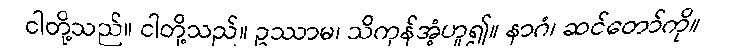
ငါတို့သည်။ ငါတို့သည်။ ဥဿာမ၊ သိကုန်အံ့ဟူ၍။ နာဂံ၊ ဆင်တော်ကို။